Report on vaccination in Madras 1922-1929 - 1922-1929
Year: 1922
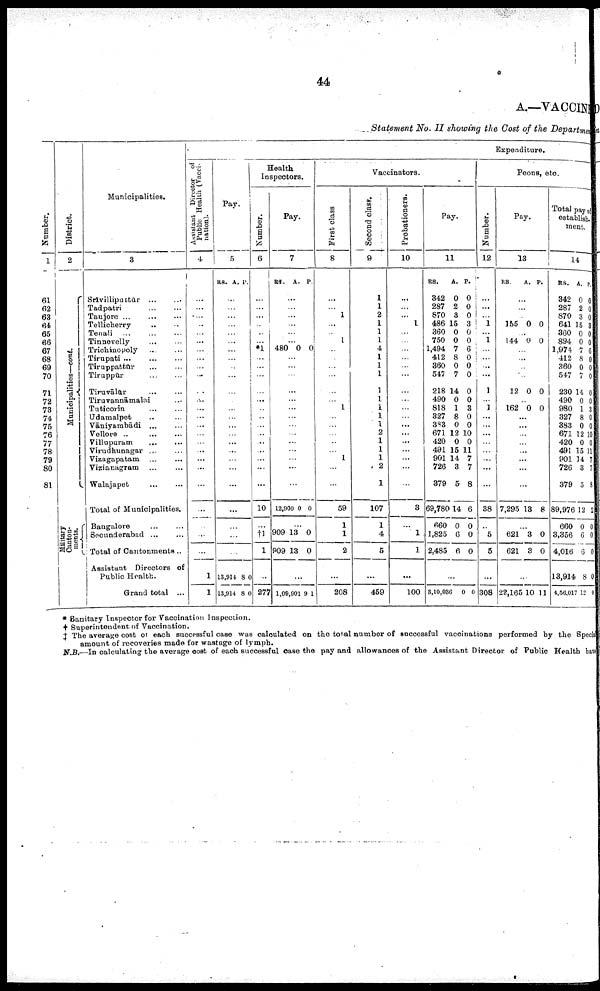
44
A.—VACCINE
Statement No. II showing the Cost of the Department
Number.
1
61
62
68
64
65
66
67
68
69
70
71
72
78
74
75
76
77
78
79
80
81
District.
2
Municipalities—cont.
Military
Canton
ments.
Municipalities.
3
Expenditure.
Assistant Director of
Public Health (Vacci
nation).
4
Srivilliputtūr... ... ...
Tadpatri...
...
...
Tanjore...
...
...
Tellicherry... ... ...
Tenali...
...
...
Tinnevelly...
...
...
Trichinopoly... ... ...
Tirupati ...
...
...
Tiruppattūr... ... ...
Tirūppūr... ... ...
Tiruvālūr... ...
Tiruvannāmalai... ...
Tuticorin... ... ...
Udamalpet... ... ...
Vāniyambādi... ... ...
Vellore...
...
...
Villupuram...
...
...
Virudhunagar... ... ...
Vizagapatam... ... ...
Vizianagram... ... ...
Walajapet...
...
...
Total of Municipalities.
Bangalore...
...
...
Secunderabad... ... ...
Total of Cantonments ..
Assistant Directors of
Public Health.
Grand total ...
...
...
...
..
...
...
...
...
...
...
...
...
...
...
...
...
...
...
...
...
...
...
...
...
...
1
1
Pay.
5
RS. A. P.
...
...
...
...
...
...
...
...
...
...
...
...
...
...
...
...
...
...
...
...
...
...
...
...
...
13,914
13,914
8
8
0
0
Health
Inspectors.
Number.
6
...
...
...
...
...
...
*1
...
...
...
...
...
...
...
...
...
...
...
...
...
...
10
...
†1
l
...
277
Pay.
7
RS. A. P.
...
...
...
...
...
...
480 0 0
...
...
...
...
...
...
...
...
...
...
...
...
...
...
12,900 0 0
...
909
909
13
13
0
0
...
1,09,901 9
1
Vaccinators.
First class
8
...
...
1
...
...
1
...
...
...
...
...
...
1
...
...
...
...
...
1
...
...
59
1
1
2
...
208
Second class.
9
1
1
2
1
1
1
4
1
1
1
1
1
1
1
1
2
1
1
1
2
1
107
1
4
5
...
459
Probationers.
10
...
...
...
1
...
...
...
...
...
...
...
...
...
...
...
...
...
...
...
...
...
3
...
1
1
...
100
Pay.
11
RS.
342
287
870
486
360
750
1,494
412
360
547
218
490
818
327
383
671
420
491
901
726
379
69,780
660
1,825
2,485
A.
0
2
3
15
0
0
7
8
0
7
14
0
1
8
0
12
0
15
14
3
5
14
0
6
6
Peons, etc.
Number.
12
P.
0
0
0
3
0
0
6
0
0
0
0
0
3
0
0
10
0
11
7
7
8
6
0
0
0
...
3,10,036
0 0
...
...
...
1
...
1
...
...
...
...
1
...
1
...
...
...
...
...
...
...
...
38
...
5
5
...
308
Pay.
13
RS.
A. P.
...
...
...
155 0 0
...
144 0 0
...
...
...
...
12 0 0
...
162 0 0
...
...
...
...
...
...
...
...
7,295 13 8
...
621
621
3
3
0
0
...
22,165 10 11
Total pay of
establish-
ment.
14
RS.
342
287
870
641
360
894
1,974
412
360
547
230
490
980
327
383
671
420
491
901
726
379
89,976
660
3,356
4,016
13,914
4,56,017
A.
0
2
3
15
0
0
7
8
0
7
14
0
1
8
0
12
0
15
14
3
5
12
0
6
6
8
12
P.
0
0
0 3
0
0
6
0
0
0
0
0
3
0
0
10
0
11
7
7
8
2
0
0
0
0
0
* Sanitary Inspector for Vaccination Inspection.
† Superintendent of Vaccination.
‡ The average cost of each successful case was calculated on the total number of successful vaccinations performed by the Special
amount of recoveries made for wastage of lymph.
N.B.—In calculating the average cost of each successful case the pay and allowances of the Assistant Director of Public Health have